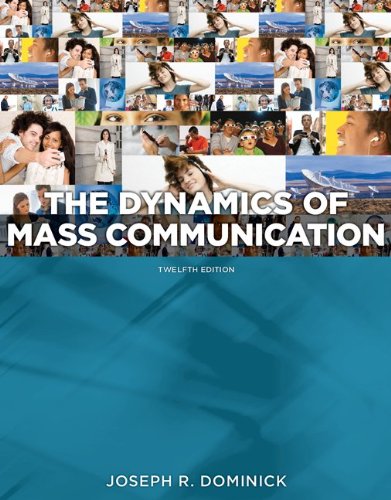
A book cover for Dynamics of Mass Communication: Media in Transition; Joseph Dominick; Politics & Social Sciences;